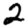
Digit: 2